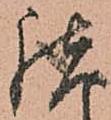
諸